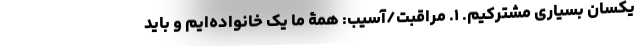
یکسان بسیاری مشترکیم. ۱. مراقبت/آسیب: همۀ ما یک خانواده‌ایم و باید